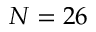
N = 2 6